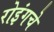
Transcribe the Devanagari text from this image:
रोइंगचे